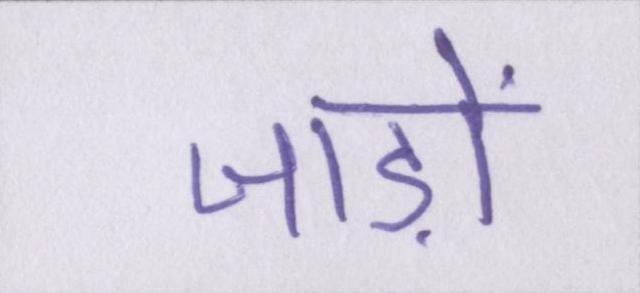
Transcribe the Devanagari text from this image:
जाड़ों